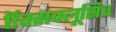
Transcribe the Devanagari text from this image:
ऍक्सक्लूसिव